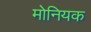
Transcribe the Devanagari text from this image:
मोनियक